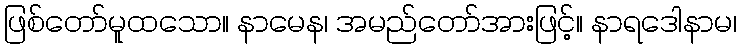
ဖြစ်တော်မူထသော။ နာမေန၊ အမည်တော်အားဖြင့်။ နာရဒေါနာမ၊